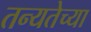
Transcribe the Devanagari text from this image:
तन्यतेच्या